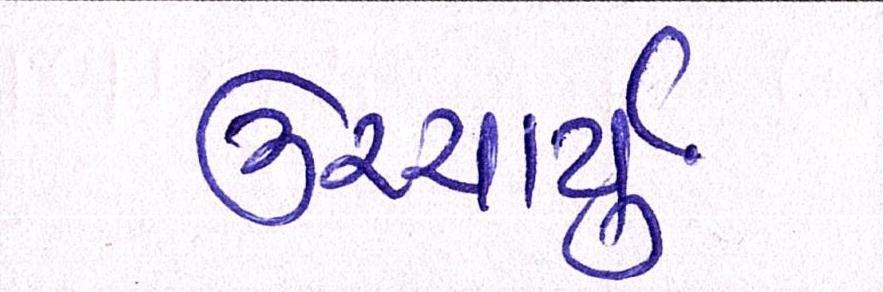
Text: ઉચ્ચાર્યું